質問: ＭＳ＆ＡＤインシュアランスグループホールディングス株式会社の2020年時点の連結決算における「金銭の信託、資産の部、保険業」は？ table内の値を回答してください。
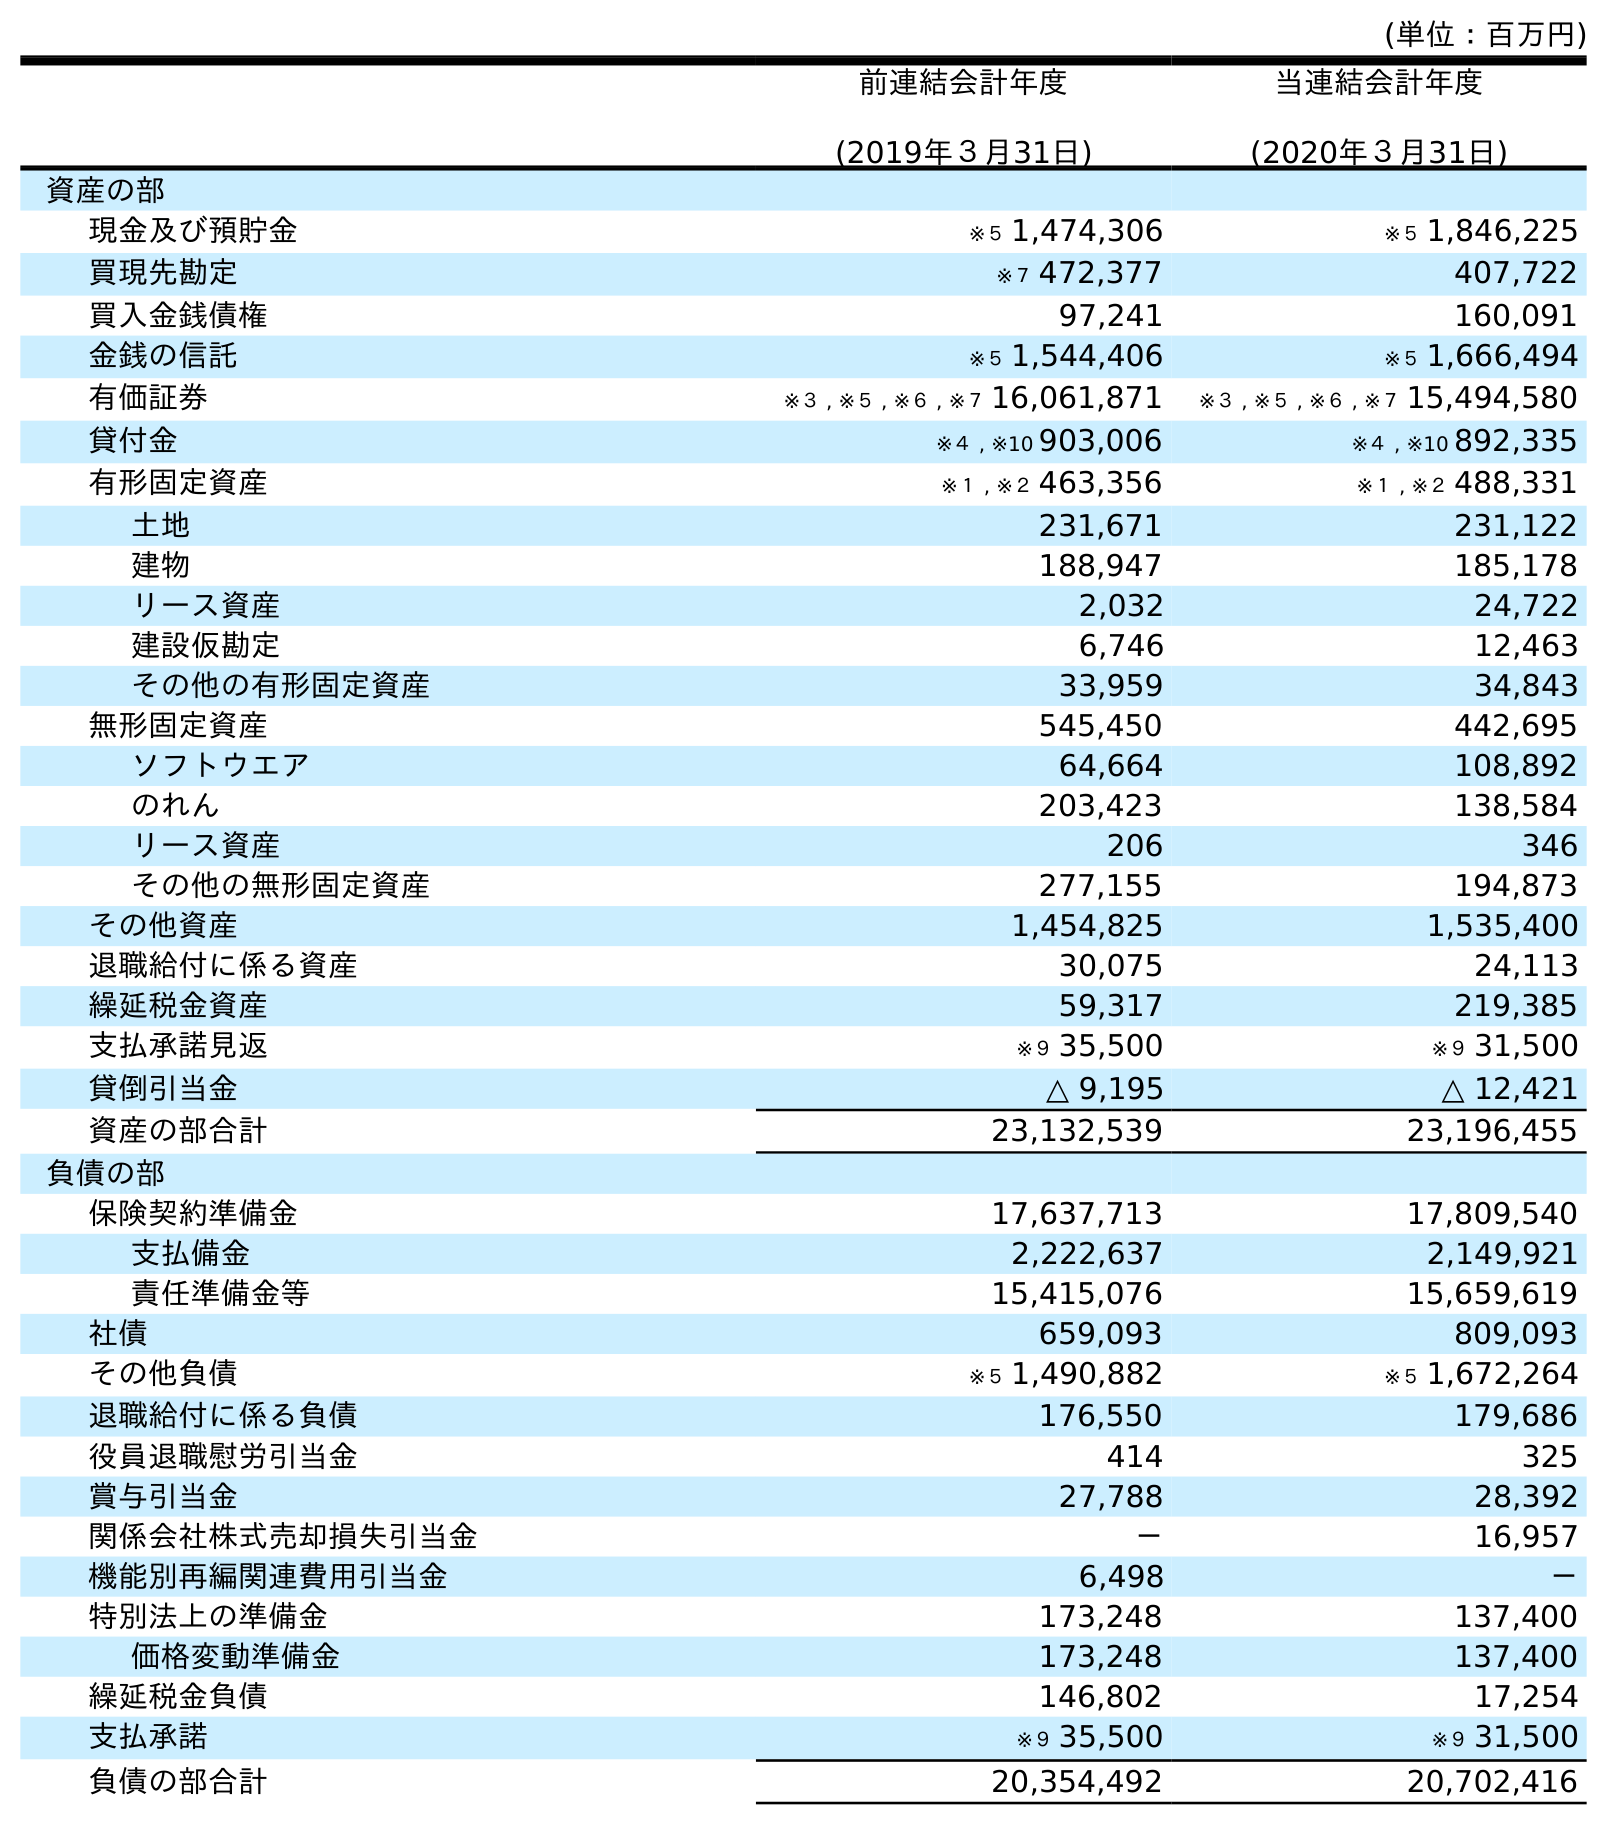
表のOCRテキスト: (単位：百万円) 前連結会計年度 (2019年３月31日) 当連結会計年度 (2020年３月31日) 資産の部 現金及び預貯金 ※５ 1,474,306 ※５ 1,846,225 買現先勘定 ※７ 472,377 407,722 買入金銭債権 97,241 160,091 金銭の信託 ※５ 1,544,406 ※５ 1,666,494 有価証券 ※３ , ※５ , ※６ , ※７ 16,061,871 ※３ , ※５ , ※６ , ※７ 15,494,580 貸付金 ※４ , ※10 903,006 ※４ , ※10 892,335 有形固定資産 ※１ , ※２ 463,356 ※１ , ※２ 488,331 土地 231,671 231,122 建物 188,947 185,178 リース資産 2,032 24,722 建設仮勘定 6,746 12,463 その他の有形固定資産 33,959 34,843 無形固定資産 545,450 442,695 ソフトウエア 64,664 108,892 のれん 203,423 138,584 リース資産 206 346 その他の無形固定資産 277,155 194,873 その他資産 1,454,825 1,535,400 退職給付に係る資産 30,075 24,113 繰延税金資産 59,317 219,385 支払承諾見返 ※９ 35,500 ※９ 31,500 貸倒引当金 △ 9,195 △ 12,421 資産の部合計 23,132,539 23,196,455 負債の部 保険契約準備金 17,637,713 17,809,540 支払備金 2,222,637 2,149,921 責任準備金等 15,415,076 15,659,619 社債 659,093 809,093 その他負債 ※５ 1,490,882 ※５ 1,672,264 退職給付に係る負債 176,550 179,686 役員退職慰労引当金 414 325 賞与引当金 27,788 28,392 関係会社株式売却損失引当金 － 16,957 機能別再編関連費用引当金 6,498 － 特別法上の準備金 173,248 137,400 価格変動準備金 173,248 137,400 繰延税金負債 146,802 17,254 支払承諾 ※９ 35,500 ※９ 31,500 負債の部合計 20,354,492 20,702,416
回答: ※５1,666,494